Lunatic asylums Madras 1877-1891 - 1877-1891
Year: 1877
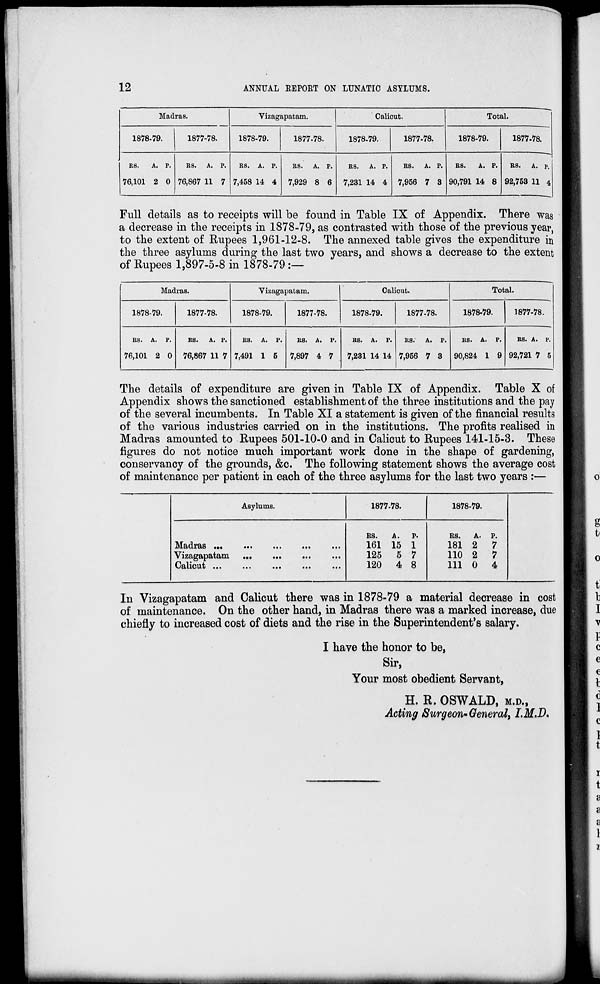
12
ANNUAL REPORT ON LUNATIC ASYLUMS.
Madras.
1878-79.
RS.
76,101
A.
2
P.
0
1877-78.
RS.
76,867
A.
11
P.
7
Vizagapatam.
1878-79.
RS.
7,458
A.
14
P.
4
1877-78.
RS.
7,929
A.
8
P.
6
Calicut.
1878-79.
RS.
7,231
A.
14
P.
4
1877-78.
RS.
7,956
A.
7
P.
3
Total.
1878-79.
RS.
90,791
A.
14
P.
8
1877-78.
RS.
92,753
A.
11
P.
4
Full details as to receipts will be found in Table IX of Appendix. There was
a decrease in the receipts in 1878-79, as contrasted with those of the previous year,
to the extent of Rupees 1,961-12-8. The annexed table gives the expenditure in
the three asylums during the last two years, and shows a decrease to the extent
of Rupees 1,897-5-8 in 1878-79 :—
Madras.
1878-79.
RS.
76,101
A.
2
P.
0
1877-78.
RS.
76,867
A.
11
P.
7
Vizagapatam.
1878-79.
RS.
7,491
A.
1
P.
5
1877-78.
RS.
7,897
A.
4
P.
7
Calicut.
1878-79.
RS.
7,231
A.
14
P.
14
1877-78.
RS.
7,956
A.
7
P.
3
Total.
1878-79.
RS.
90,824
A.
1
P.
9
1877-78.
RS.
92,721
A.
7
P.
5
The details of expenditure are given in Table IX of Appendix. Table X of
Appendix shows the sanctioned establishment of the three institutions and the pay
of the several incumbents. In Table XI a statement is given of the financial results
of the various industries carried on in the institutions. The profits realised in
Madras amounted to Rupees 501-10-0 and in Calicut to Rupees 141-15-3. These
figures do not notice much important work done in the shape of gardening,
conservancy of the grounds, &c. The following statement shows the average cost
of maintenance per patient in each of the three asylums for the last two years :—
Asylums.
Madras
...
...
...
...
...
Vizagapatam
...
...
...
...
Calicut ...
...
...
...
...
1877-78.
RS.
161
125
120
A.
15
5
4
P.
1
7
8
1878-79.
RS.
181
110
111
A.
2
2
0
P.
7
7
4
In Vizagapatam and Calicut there was in 1878-79 a material decrease in cost
of maintenance. On the other hand, in Madras there was a marked increase, due
chiefly to increased cost of diets and the rise in the Superintendent's salary.
I have the honor to be,
Sir,
Your most obedient Servant,
H. R. OSWALD, M.D.,
Acting Surgeon-General, I.M.D.